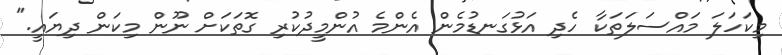
މިކަހަލަ މައްސަލަތަކާ ހެދި އަޅުގަނޑުމެން އެންމެ އުންމީދުކުރި ގޮތަކަށް ނޫން މިކަން ދިޔައީ."